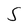
Character: s